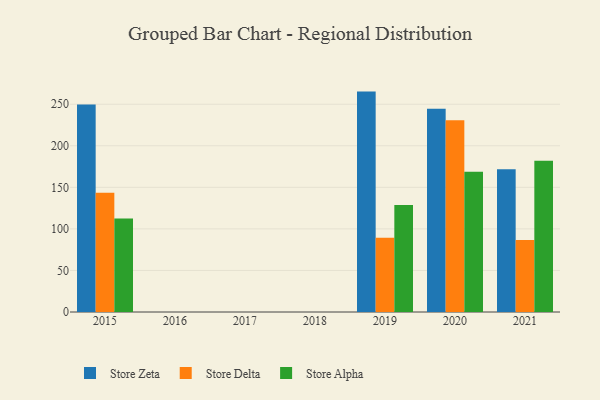
{"axis": {"x": "Year", "y": "Revenue (USD Million)"}, "legend": ["Store Alpha", "Store Delta", "Store Zeta"], "data": [{"x": "2020", "y": 244.7, "type": "Store Zeta"}, {"x": "2020", "y": 230.7, "type": "Store Delta"}, {"x": "2020", "y": 168.9, "type": "Store Alpha"}, {"x": "2015", "y": 249.8, "type": "Store Zeta"}, {"x": "2015", "y": 143.4, "type": "Store Delta"}, {"x": "2015", "y": 112.4, "type": "Store Alpha"}, {"x": "2021", "y": 171.9, "type": "Store Zeta"}, {"x": "2021", "y": 86.6, "type": "Store Delta"}, {"x": "2021", "y": 182.0, "type": "Store Alpha"}, {"x": "2019", "y": 265.2, "type": "Store Zeta"}, {"x": "2019", "y": 89.4, "type": "Store Delta"}, {"x": "2019", "y": 128.8, "type": "Store Alpha"}]}